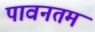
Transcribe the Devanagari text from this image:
पावनतम